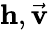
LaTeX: \mathbf{h},\vec{\mathbf{v}}